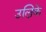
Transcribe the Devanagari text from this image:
उल्रिके